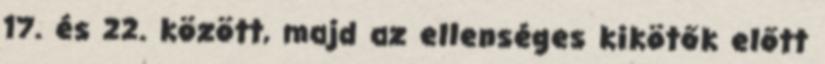
17. és 22. között, majd az ellenséges kikötők előtt